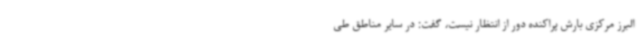
البرز مرکزی بارش پراکنده دور از انتظار نیست، گفت: در سایر مناطق طی